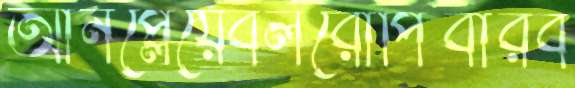
আনপ্লেয়েবলরোপিবারব